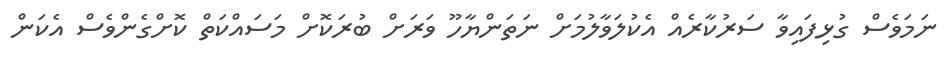
ނަމަވެސް ގުޅިފައިވާ ސަރުކާރެއް އެކުލަވާލުމަށް ނަތަންޔާހޫ ވަރަށް ބުރަކޮށް މަސައްކަތް ކޮށްގެންވެސް އެކަން